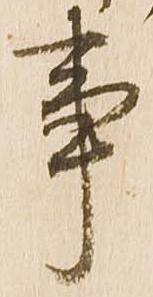
事